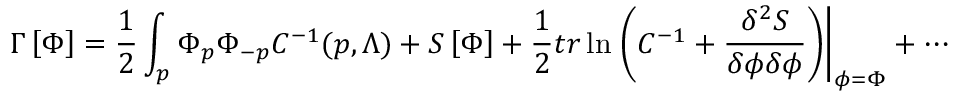
\Gamma \left[ \Phi \right] = \frac { 1 } { 2 } \int _ { p } \Phi _ { p } \Phi _ { - p } C ^ { - 1 } ( p , \Lambda ) + S \left[ \Phi \right] + \frac { 1 } { 2 } { t r } \ln \left. \left( C ^ { - 1 } + \frac { \delta ^ { 2 } S } { \delta \phi \delta \phi } \right) \right| _ { \phi = \Phi } + \cdots